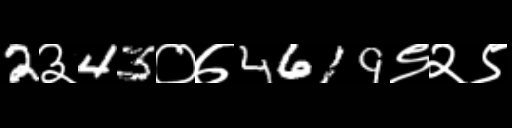
Text: 2३43०७4619९२९